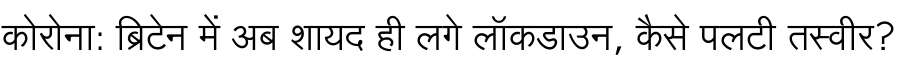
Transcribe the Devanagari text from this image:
कोरोना: ब्रिटेन में अब शायद ही लगे लॉकडाउन, कैसे पलटी तस्वीर?